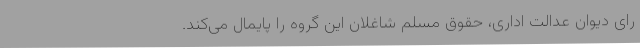
رای دیوان عدالت اداری، حقوق مسلم شاغلان این گروه را پایمال می‌کند.